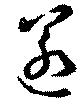
匿